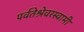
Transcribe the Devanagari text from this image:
पर्वतेश्रेवरस्वामी